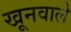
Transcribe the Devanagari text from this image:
खूनवाले